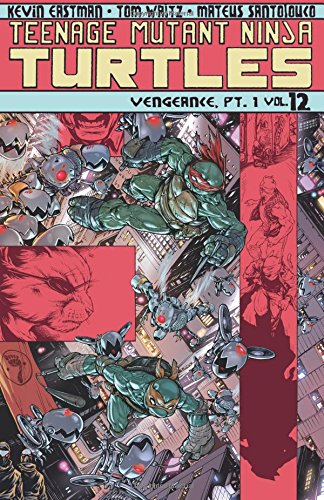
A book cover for Teenage Mutant Ninja Turtles Volume 12: Vengeance Part 1 (Teenage Mutant Ninja Turtles Ongoing Tp); Tom Waltz; Comics & Graphic Novels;